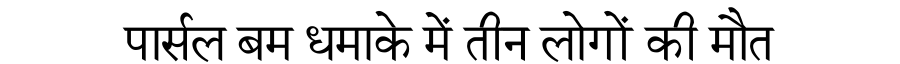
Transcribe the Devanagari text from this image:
पार्सल बम धमाके में तीन लोगों की मौत